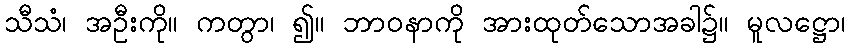
သီသံ၊ အဦးကို။ ကတွာ၊ ၍။ ဘာဝနာကို အားထုတ်သောအခါ၌။ မူလဋ္ဌော၊